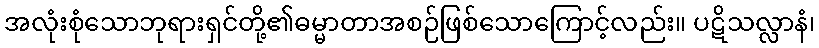
အလုံးစုံသောဘုရားရှင်တို့၏ဓမ္မာတာအစဉ်ဖြစ်သောကြောင့်လည်း။ ပဋိသလ္လာနံ၊